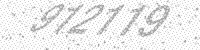
Solution: 912119